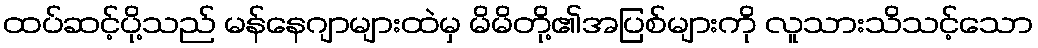
ထပ်ဆင့်ပို့သည် မန်နေဂျာများထဲမှ မိမိတို့၏အပြစ်များကို လူသားသိသင့်သော